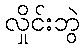
လှိုင်းဘွဲ